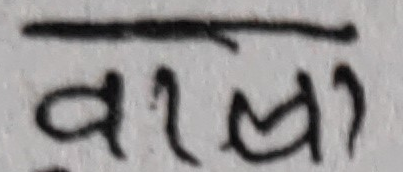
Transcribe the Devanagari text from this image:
वरला